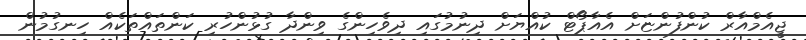
ޖީއެމްއާރް ކުންފުންޏަށް އެއާޕޯޓް ކުއްޔަށް ދިނުމުގައި ދިވެހިންގެ ވިންދާ ގުޅުންހުރި ކަންތައްތަކެއް ހިނގުމުން